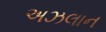
અઝલાન